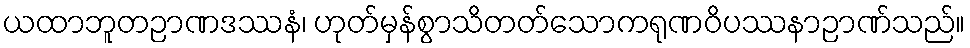
ယထာဘူတဉာဏဒဿနံ၊ ဟုတ်မှန်စွာသိတတ်သောကရုဏဝိပဿနာဉာဏ်သည်။